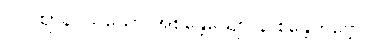
(၂) ဈာနဝိသယော အစိန္တေယျော န စိန္တေတဗ္ဗော